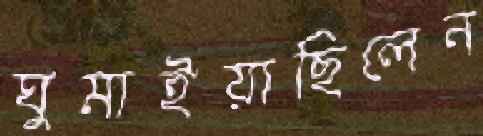
ঘুমাইয়াছিলেন